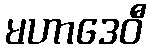
မဟာဒေဝီ